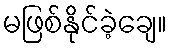
မဖြစ်နိုင်ခဲ့ချေ။